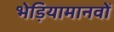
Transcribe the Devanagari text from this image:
भेड़ियामानवों